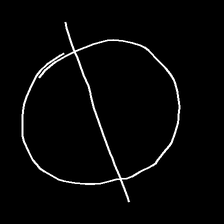
Glyph: orb